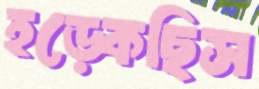
হড়্‌কেছিস